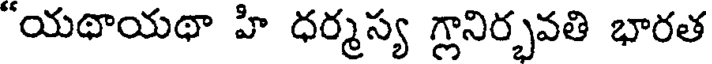
"యథాయథా హి ధర్మస్య గ్లానిర్భవతి భారత